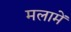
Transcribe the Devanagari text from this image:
मलामें